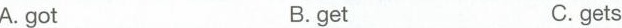
A.got B.get C.gets